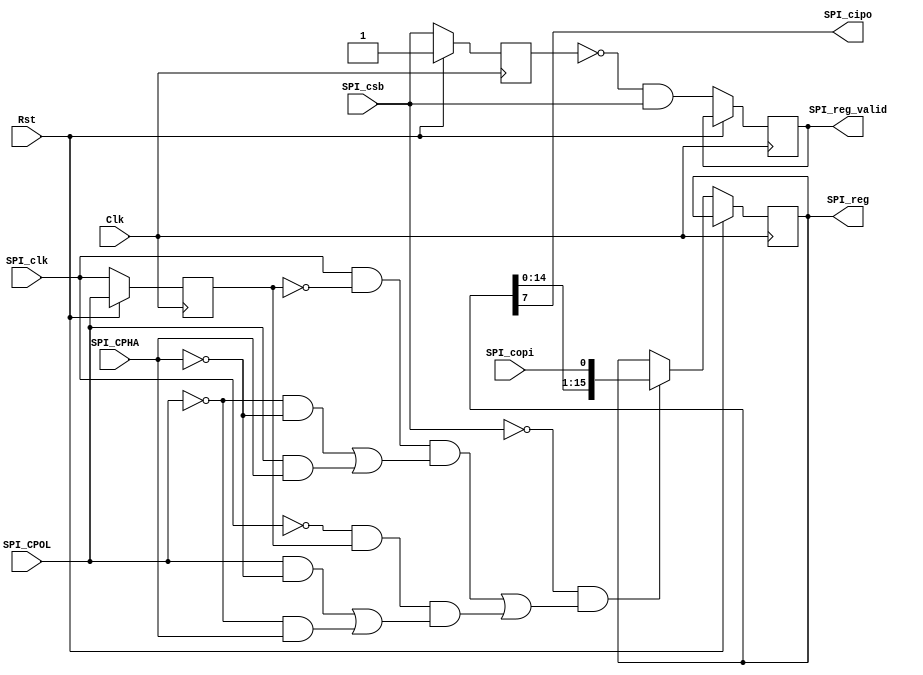
// SPDX-FileCopyrightText: 2023 Russell Friesenhahn
// SPDX-License-Identifier: MIT

`default_nettype none
module spi_peripheral #(
    parameter SPI_WORD_LEN = 16
) (
    input wire Clk,
    input wire Rst,
    input wire SPI_clk,
    input wire SPI_csb,
    input wire SPI_copi,
    output wire SPI_cipo,
    input wire SPI_CPOL,
    input wire SPI_CPHA,
    output reg [SPI_WORD_LEN-1:0] SPI_reg,
    output reg SPI_reg_valid
);

    assign SPI_cipo = SPI_reg[7];
    reg spi_clk_d1;
    reg spi_csb_d1;
    wire spi_clk_rising = SPI_clk & ~spi_clk_d1;
    wire spi_clk_falling = ~SPI_clk & spi_clk_d1;
    wire shift = (spi_clk_rising & ((~SPI_CPOL & ~SPI_CPHA) | (SPI_CPOL & SPI_CPHA))) |
                   (spi_clk_falling & ((SPI_CPOL & ~SPI_CPHA) | (~SPI_CPOL & SPI_CPHA)));

    always @(posedge Clk) begin
        if(Rst) begin
            spi_clk_d1 <= SPI_CPOL;
            spi_csb_d1 <= 1'b1;
        end else begin
            spi_clk_d1 <= SPI_clk;
            spi_csb_d1 <= SPI_csb;
            SPI_reg_valid <= ~spi_csb_d1 & SPI_csb;

            if((SPI_csb == 1'b0) && shift) begin
                SPI_reg <= {SPI_reg[SPI_WORD_LEN-2:0],SPI_copi};
            end
        end
    end
endmodule
`default_nettype wire